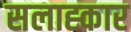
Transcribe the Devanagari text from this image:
सलाह्कार